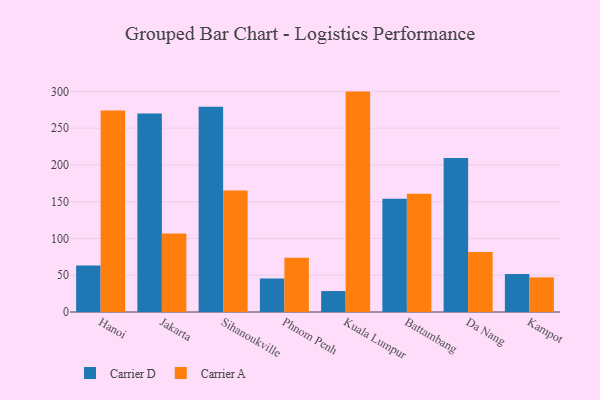
{"axis": {"x": "City", "y": "Energy Usage (MWh)"}, "legend": ["Carrier A", "Carrier D"], "data": [{"x": "Hanoi", "y": 63.2, "type": "Carrier D"}, {"x": "Hanoi", "y": 274.0, "type": "Carrier A"}, {"x": "Jakarta", "y": 270.0, "type": "Carrier D"}, {"x": "Jakarta", "y": 106.8, "type": "Carrier A"}, {"x": "Sihanoukville", "y": 279.3, "type": "Carrier D"}, {"x": "Sihanoukville", "y": 165.2, "type": "Carrier A"}, {"x": "Phnom Penh", "y": 45.6, "type": "Carrier D"}, {"x": "Phnom Penh", "y": 73.9, "type": "Carrier A"}, {"x": "Kuala Lumpur", "y": 28.5, "type": "Carrier D"}, {"x": "Kuala Lumpur", "y": 299.8, "type": "Carrier A"}, {"x": "Battambang", "y": 154.1, "type": "Carrier D"}, {"x": "Battambang", "y": 160.7, "type": "Carrier A"}, {"x": "Da Nang", "y": 209.5, "type": "Carrier D"}, {"x": "Da Nang", "y": 81.5, "type": "Carrier A"}, {"x": "Kampot", "y": 51.7, "type": "Carrier D"}, {"x": "Kampot", "y": 47.1, "type": "Carrier A"}]}